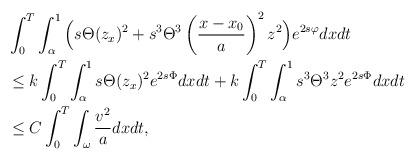
LaTeX: \begin{align*}\begin{aligned}&\int_0^T\int_{\alpha}^1 \Big(s \Theta (z_x)^2 + s^3 \Theta^3 \left( \frac{x-x_0}{a}\right)^2z^2\Big) e^{2s\varphi}dxdt \\& \le k \int_0^T\int_{\alpha}^1 s \Theta (z_x)^2e^{2s\Phi} dxdt +k\int_0^T\int_{\alpha}^1 s^3\Theta^3 z^2e^{2s\Phi} dxdt\\& \le C \int_0^T \int_{\omega} \frac{v^2}{a}dxdt,\end{aligned}\end{align*}